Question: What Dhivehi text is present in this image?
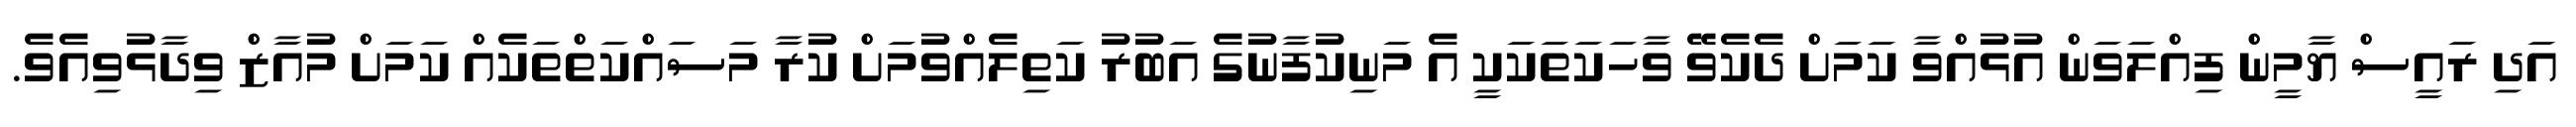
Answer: އަދި ރައީސް ޔާމީން ފިއްލަވަން އުޅުއްވާ ކަމަށް ދެކެވޭ ވާހަކަތަކަކީ އެ މަނިކުފާނުގެ އަބުރު ކަތިލެއްވުމަށް ކުރާ މަސައްކަތްތަކެއް ކަމަށް މުއާޒް ވިދާޅުވިއެވެ.